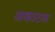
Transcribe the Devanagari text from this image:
अकाटल